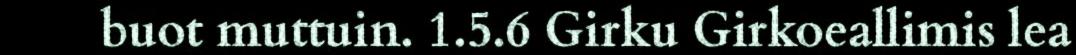
buot muttuin. 1.5.6 Girku Girkoeallimis lea